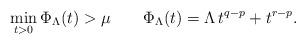
LaTeX: \begin{align*}\min_{t>0}\Phi_\Lambda(t)>\mu\quad\quad\Phi_\Lambda(t)=\Lambda\,t^{q-p}+t^{r-p}.\end{align*}